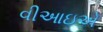
વીઆઇએ